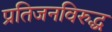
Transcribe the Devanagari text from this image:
प्रतिजनविरुद्ध